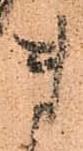
ま